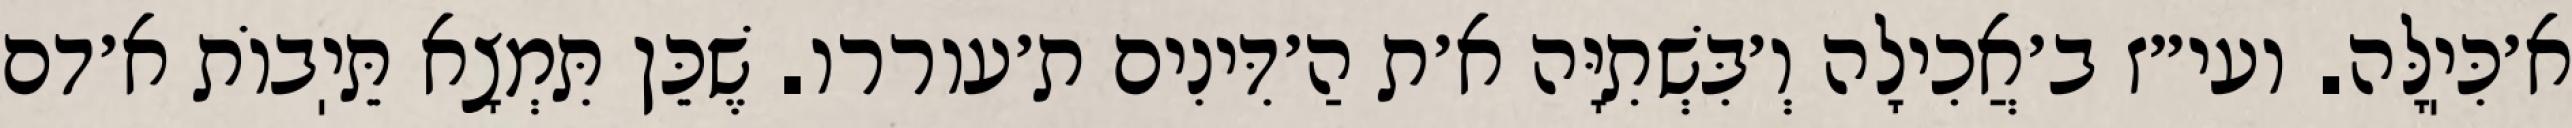
א׳כִּיֽלָּה. ועי״ז ב׳אֲכִילָה וְ׳בִּשְׁתִיָּה א׳ת הַ׳דִּינִים ת׳עוררו. שֶׁכֵּן תִּמְצָא תֵּיֽבוֹת א׳דם